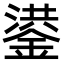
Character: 鍙